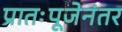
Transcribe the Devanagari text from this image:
प्रातःपूजेनंतर